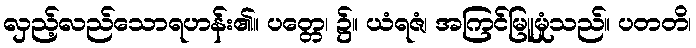
လှည့်လည်သောရဟန်း၏။ ပတ္တေ၊ ၌။ ယံရဇံ၊ အကြင်မြူမှုံသည်။ ပတတိ၊